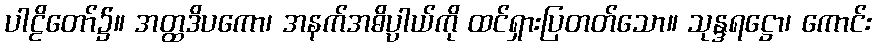
ပါဠိတော်၌။ အတ္ထဒိပကော၊ အနက်အဓိပ္ပါယ်ကို ထင်ရှားပြတတ်သော။ သုန္ဒရဋ္ဌော၊ ကောင်း